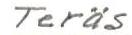
Teräs